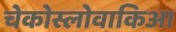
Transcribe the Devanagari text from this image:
चेकोस्लोवाकिआ